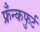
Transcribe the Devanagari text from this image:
फ्रँन्कफुर्ट